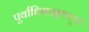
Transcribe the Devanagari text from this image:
पूर्वाधिकार्‍याहून